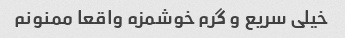
خیلی سریع و گرم خوشمزه واقعا ممنونم